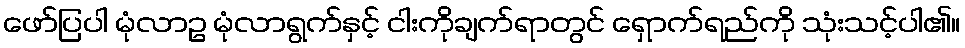
ဖော်ပြပါ မုံလာဥ မုံလာရွက်နှင့် ငါးကိုချက်ရာတွင် ရှောက်ရည်ကို သုံးသင့်ပါ၏။